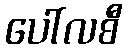
ပေါ်လစီ